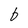
Character: 6